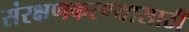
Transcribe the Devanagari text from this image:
संरक्षणकरण्यासाठी